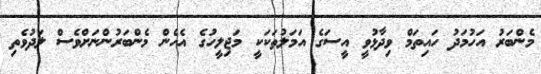
މެންބަރު އަހުމަދު ހައިތަމް ވިދާޅުވީ އީސަގެ އަމަލުތަކަކީ މަޖިލީހުގެ އެހެން މެންބަރުންނަށްވެސް ލަދުވެތި